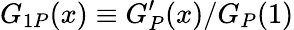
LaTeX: G_{1P}(x)\equiv G_{P}^{\prime}(x)/G_{P}(1)